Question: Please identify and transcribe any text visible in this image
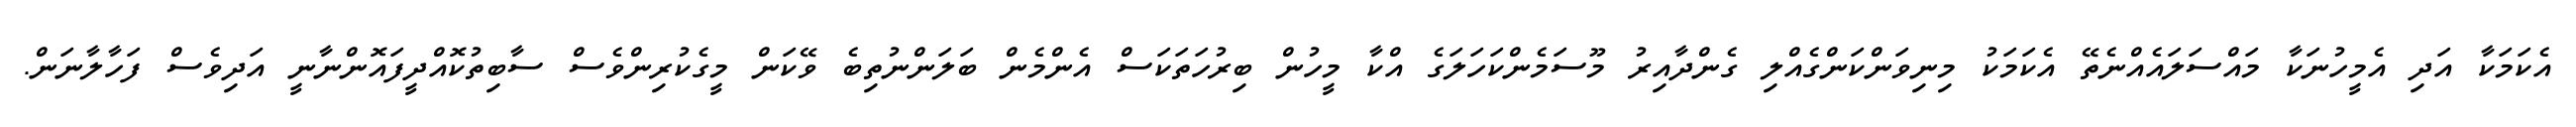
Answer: އެކަމަކާ އަދި އެމީހުނަކާ މައްސަލައެއްނެތޭ އެކަމަކު މިނިވަންކަންގެއްލި ގެންދާއިރު މޫސަމެންކަހަލަގެ އްކާ މީހުން ބިރުހަތަކަސް އެންމެން ބަލަންނުތިބެ ވޭކަން މީގެކުރިންވެސް ސާބިތުކޮއްދީފައޮންނާނީ އަދިވެސް ފަހާލާނަން.